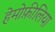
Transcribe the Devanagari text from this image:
हेमोफ़ीलिया